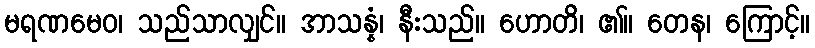
မရဏမေဝ၊ သည်သာလျှင်။ အာသန္နံ၊ နီးသည်။ ဟောတိ၊ ၏။ တေန၊ ကြောင့်။